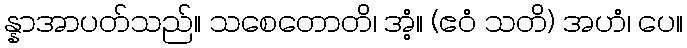
န္နာအာပတ်သည်။ သစေတောတိ၊ အံ့။ (ဧဝံ သတိ) အဟံ၊ ပေ။